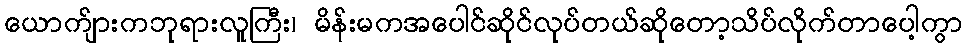
ယောက်ျားကဘုရားလူကြီး၊ မိန်းမကအပေါင်ဆိုင်လုပ်တယ်ဆိုတော့သိပ်လိုက်တာပေါ့ကွာ